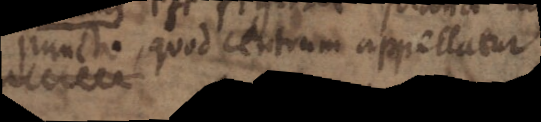
puncto, quod centrum appellatur